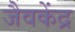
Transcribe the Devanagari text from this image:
जैवकेंद्र